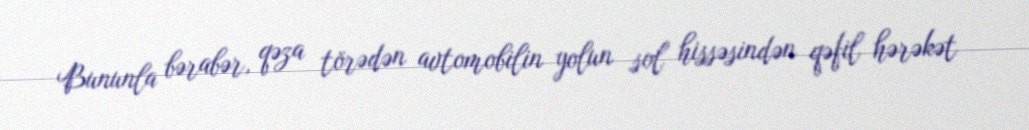
Bununla bərabər, qəza törədən avtomobilin yolun sol hissəsindən qəfil hərəkət